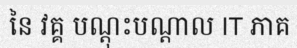
នៃ វគ្គ បណ្តុះបណ្តាល IT ភាគ